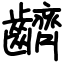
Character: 䶩